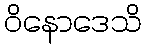
ဝိနောဒေသိ